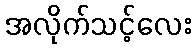
အလိုက်သင့်လေး